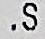
.S